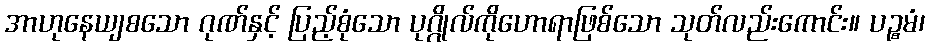
အာဟုနေယျစသော ဂုဏ်နှင့် ပြည့်စုံသော ပုဂ္ဂိုလ်ကိုဟောရာဖြစ်သော သုတ်လည်းကောင်း။ ပဉ္စမံ၊